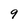
Character: 9